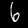
Label: 6